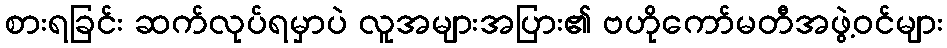
စားရခြင်း ဆက်လုပ်ရမှာပဲ လူအများအပြား၏ ဗဟိုကော်မတီအဖွဲ့ဝင်များ